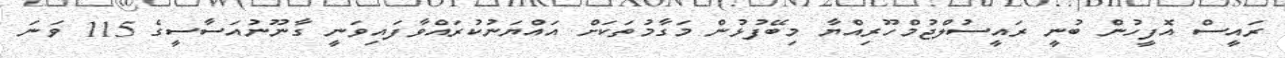
ރައީސް އޮފީހުން ބުނީ ރައީސުލްޖުމްހޫރިއްޔާ މިބޭފުޅުން މަގާމުތަކަށް އައްޔަނުކުރައްވާފައިވަނީ ގާނޫނުއަސާސީގެ 115 ވަނަ